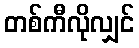
တစ်ကီလိုလျှင်